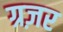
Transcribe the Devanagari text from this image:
ग्रज़र